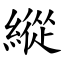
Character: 縱